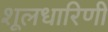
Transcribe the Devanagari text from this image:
शूलधारिणी